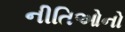
નીતિઓનો